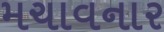
મચાવનાર